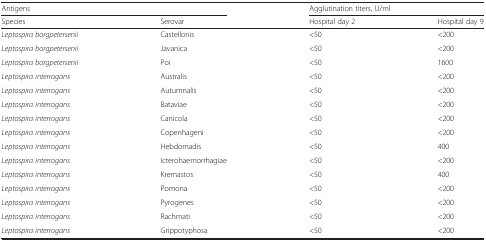
<table><thead><tr><td colspan="2"><b>Antigens</b></td><td colspan="2"><b>Agglutination titers, U/ml</b></td></tr><tr><td><b>Species</b></td><td><b>Serovar</b></td><td><b>Hospital day 2</b></td><td><b>Hospital day 9</b></td></tr></thead><tbody><tr><td><i>Leptospira borgpetersenii</i></td><td>Castellonis</td><td>&lt;50</td><td>&lt;200</td></tr><tr><td><i>Leptospira borgpetersenii</i></td><td>Javanica</td><td>&lt;50</td><td>&lt;200</td></tr><tr><td><i>Leptospira borgpetersenii</i></td><td>Poi</td><td>&lt;50</td><td>1600</td></tr><tr><td><i>Leptospira interrogans</i></td><td>Australis</td><td>&lt;50</td><td>&lt;200</td></tr><tr><td><i>Leptospira interrogans</i></td><td>Autumnalis</td><td>&lt;50</td><td>&lt;200</td></tr><tr><td><i>Leptospira interrogans</i></td><td>Bataviae</td><td>&lt;50</td><td>&lt;200</td></tr><tr><td><i>Leptospira interrogans</i></td><td>Canicola</td><td>&lt;50</td><td>&lt;200</td></tr><tr><td><i>Leptospira interrogans</i></td><td>Copenhageni</td><td>&lt;50</td><td>&lt;200</td></tr><tr><td><i>Leptospira interrogans</i></td><td>Hebdomadis</td><td>&lt;50</td><td>400</td></tr><tr><td><i>Leptospira interrogans</i></td><td>Icterohaemorrhagiae</td><td>&lt;50</td><td>&lt;200</td></tr><tr><td><i>Leptospira interrogans</i></td><td>Kremastos</td><td>&lt;50</td><td>400</td></tr><tr><td><i>Leptospira interrogans</i></td><td>Pomona</td><td>&lt;50</td><td>&lt;200</td></tr><tr><td><i>Leptospira interrogans</i></td><td>Pyrogenes</td><td>&lt;50</td><td>&lt;200</td></tr><tr><td><i>Leptospira interrogans</i></td><td>Rachmati</td><td>&lt;50</td><td>&lt;200</td></tr><tr><td><i>Leptospira interrogans</i></td><td>Grippotyphosa</td><td>&lt;50</td><td>&lt;200</td></tr></tbody></table>